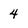
Character: 4